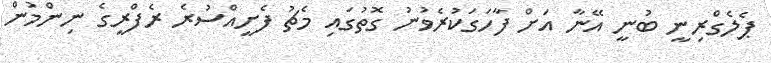
ޕެލެގްރިނީ ބުނީ އޭނާ އަށް ފާހަގަކުރެވުނު ގޮތުގައި މެޗު ފެށީއްސުރެ ރެފްރީގެ ނިންމުން